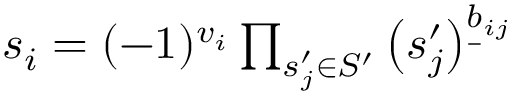
\begin{array} { r } { s _ { i } = ( - 1 ) ^ { v _ { i } } \prod _ { s _ { j } ^ { \prime } \in S ^ { \prime } } \left( s _ { j } ^ { \prime } \right) ^ { \underbar b _ { i j } } } \end{array}